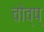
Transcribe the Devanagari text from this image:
चोव्प्